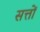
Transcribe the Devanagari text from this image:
सत्तों